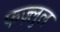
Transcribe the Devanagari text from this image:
फज़्लुल